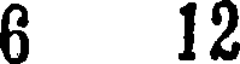
6 12